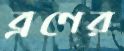
ব্রণের